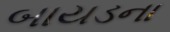
બાયડના